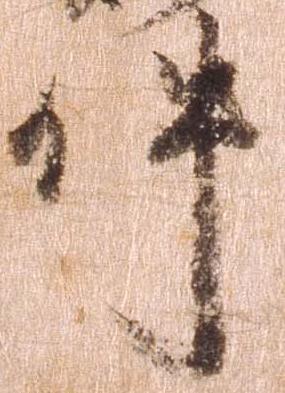
件